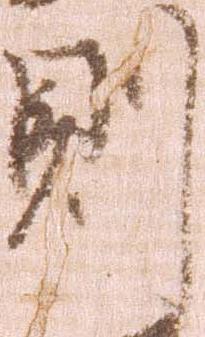
則